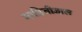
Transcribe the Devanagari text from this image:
माहितीजाल